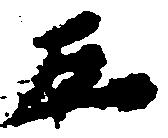
五